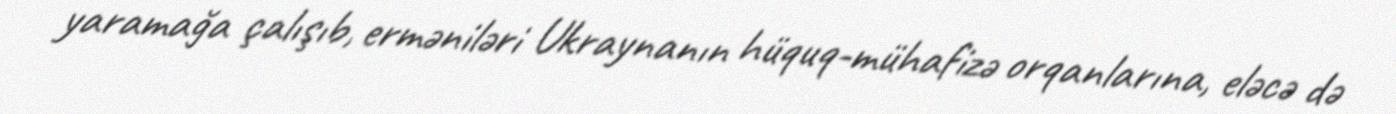
yaramağa çalışıb, erməniləri Ukraynanın hüquq-mühafizə orqanlarına, eləcə də